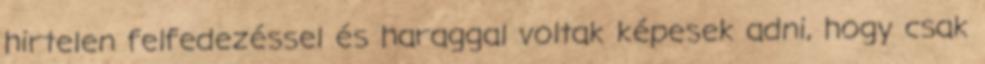
hirtelen felfedezéssel és haraggal voltak képesek adni, hogy csak